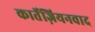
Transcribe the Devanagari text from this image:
कार्तेज़ियनवाद